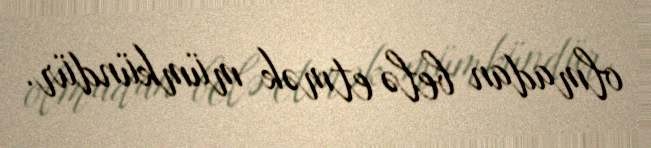
olmadan belə etmək mümkündür.